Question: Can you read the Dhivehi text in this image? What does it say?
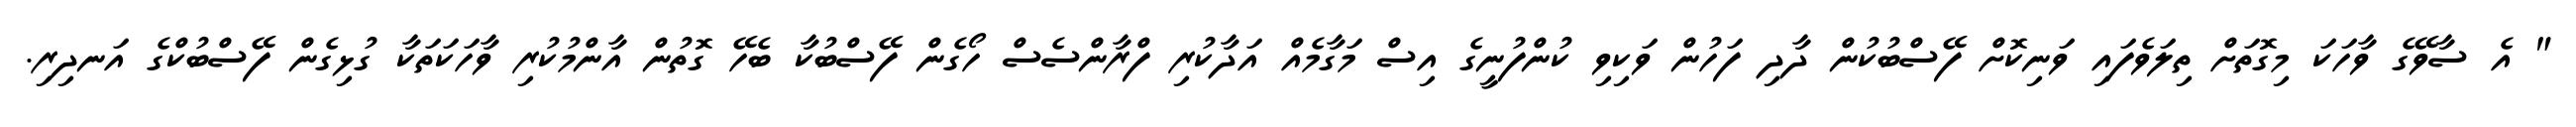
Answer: " އެ ސާވޭގެ ވާހަކަ މިގޮތަށް ތިލަވެފައި ވަނިކޮށް ފޭސްބުކުން ދާދި ފަހުން ވަކިވި ކުންފުނީގެ އިސް މަގާމެއް އަދާކުރި ފްރާންސެސް ހޯގެން ފޭސްބުކާ ބެހޭ ގޮތުން އާންމުކުރި ވާހަކަތަކާ ގުޅިގެން ފޭސްބުކްގެ އަނދިރި.